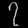
Digit: ၇